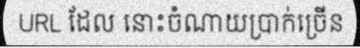
URL ដែល នោះចំណាយប្រាក់ច្រើន